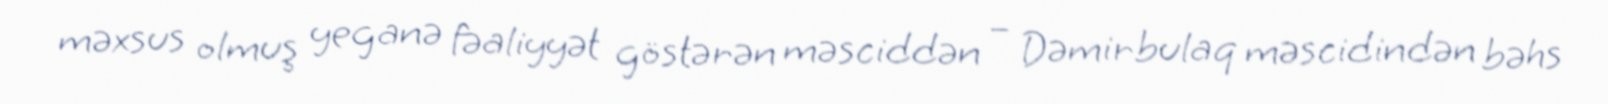
məxsus olmuş yeganə fəaliyyət göstərən məsciddən – Dəmirbulaq məscidindən bəhs